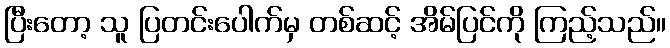
ပြီးတော့ သူ ပြတင်းပေါက်မှ တစ်ဆင့် အိမ်ပြင်ကို ကြည့်သည်။